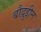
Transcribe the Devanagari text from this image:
बौद्रुद्दीन